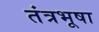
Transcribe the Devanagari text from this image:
तंत्रभूषा